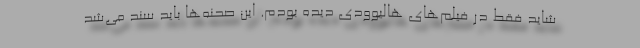
شاید فقط در فیلم‌های هالیوودی دیده بودم. این صحنه‌ها باید سند می‌شد